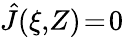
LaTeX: \hat{J}(\xi,\! Z)\! =\! 0